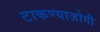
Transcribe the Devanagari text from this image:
टाकण्याजोगी